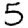
Digit: 5